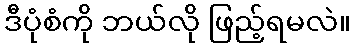
ဒီပုံစံကို ဘယ်လို ဖြည့်ရမလဲ။